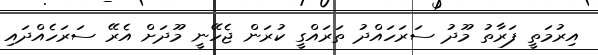
އިރުމަތީ ފަރާތު މޫދު ސަރަހައްދު ތަރައްގީ ކުރަން ޖެހޭނީ މޫދަށް އެރޭ ސަރަހެއްދައި